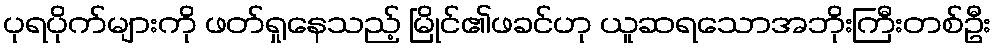
ပုရပိုက်များကို ဖတ်ရှုနေသည့် မြိုင်၏ဖခင်ဟု ယူဆရသောအဘိုးကြီးတစ်ဦး